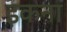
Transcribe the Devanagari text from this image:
इकना